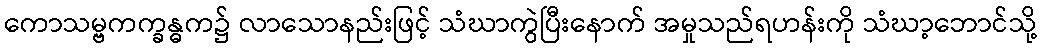
ကောသမ္ဗကက္ခန္ဓက၌ လာသောနည်းဖြင့် သံဃာကွဲပြီးနောက် အမှုသည်ရဟန်းကို သံဃာ့ဘောင်သို့